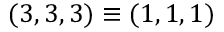
( 3 , 3 , 3 ) \equiv ( 1 , 1 , 1 )